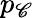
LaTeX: p_{\mathscr{C}}